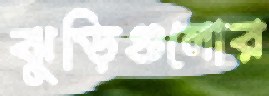
ঝুড়িগুলোর